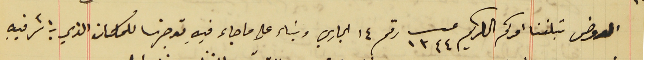
المعروض تبلغنا امركم الكريم عدد ١٣٤٤ رقم ١٤ الجاري وبناء على ما جاء فيهِ توجهنا للمكان الذي باشر فيهِ